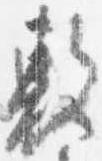
敷